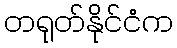
တရုတ်နိုင်ငံက